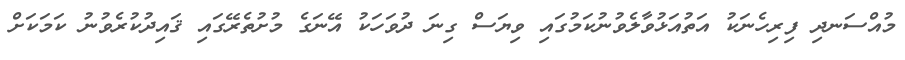
މުއްސަނދި ފިރިހެނަކު އަތުއަޅުވާލެވުނުކަމުގައި ވިޔަސް ގިނަ ދުވަހަކު އޭނަގެ މުށުތެރޭގައި ޤައިދުކުރެވުނު ކަމަކަށް